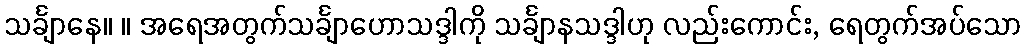
သင်္ချာနေ။ ။ အရေအတွက်သင်္ချာဟောသဒ္ဒါကို သင်္ချာနသဒ္ဒါဟု လည်းကောင်း, ရေတွက်အပ်သော